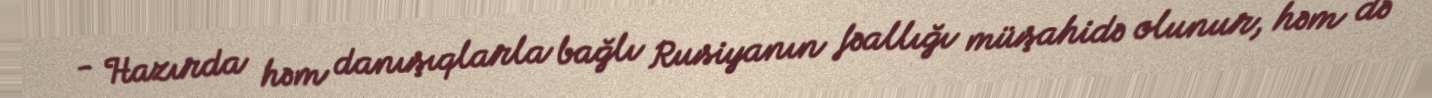
- Hazırda həm danışıqlarla bağlı Rusiyanın fəallığı müşahidə olunur, həm də